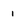
Character: 1